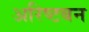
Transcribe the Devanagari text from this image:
अरिष्टबन